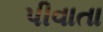
પીવાતા